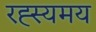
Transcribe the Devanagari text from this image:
रह्स्यमय